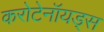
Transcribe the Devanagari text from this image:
करोटेनॉयड्स